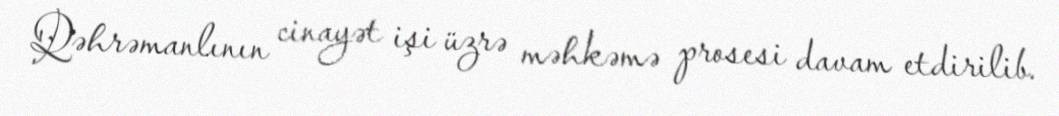
Qəhrəmanlının cinayət işi üzrə məhkəmə prosesi davam etdirilib.